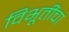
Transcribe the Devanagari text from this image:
विभूतींचा